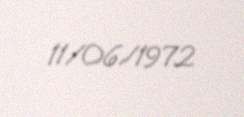
11/06/1972